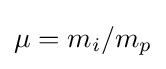
\mu =m_{i}/m_{p}